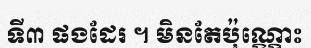
ទី៣ ផងដែរ ។ មិនតែប៉ុណ្ណោះ